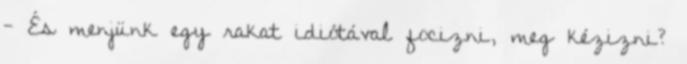
- És menjünk egy rakat idiótával focizni, meg kézizni?